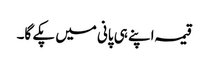
قیمہ اپنے ہی پانی میں پکے گا۔